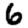
Digit: 6